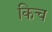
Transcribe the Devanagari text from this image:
किच